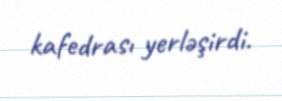
kafedrası yerləşirdi.